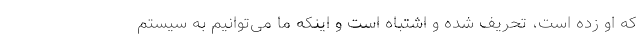
که او زده است، تحریف شده و اشتباه است و اینکه ما می‌توانیم به سیستم